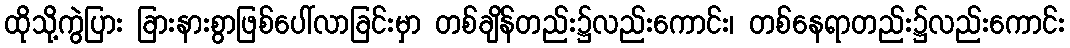
ထိုသို့ကွဲပြား ခြားနားစွာဖြစ်ပေါ်လာခြင်းမှာ တစ်ချိန်တည်း၌လည်းကောင်း၊ တစ်နေရာတည်း၌လည်းကောင်း